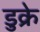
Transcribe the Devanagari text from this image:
डुक्रे